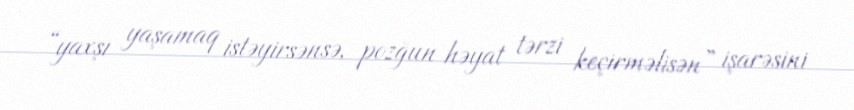
“yaxşı yaşamaq istəyirsənsə, pozğun həyat tərzi keçirməlisən” işarəsini